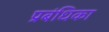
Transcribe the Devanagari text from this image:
प्रबंधिका